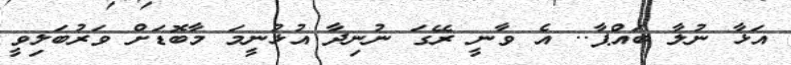
އަޅާ ނުލާ ބައްޕާ.. އެ ވާނީ ރޭގަ ނުނިދާ އުޅުނީމަ މާބޮޑަށް ވަރުބަލިވީ